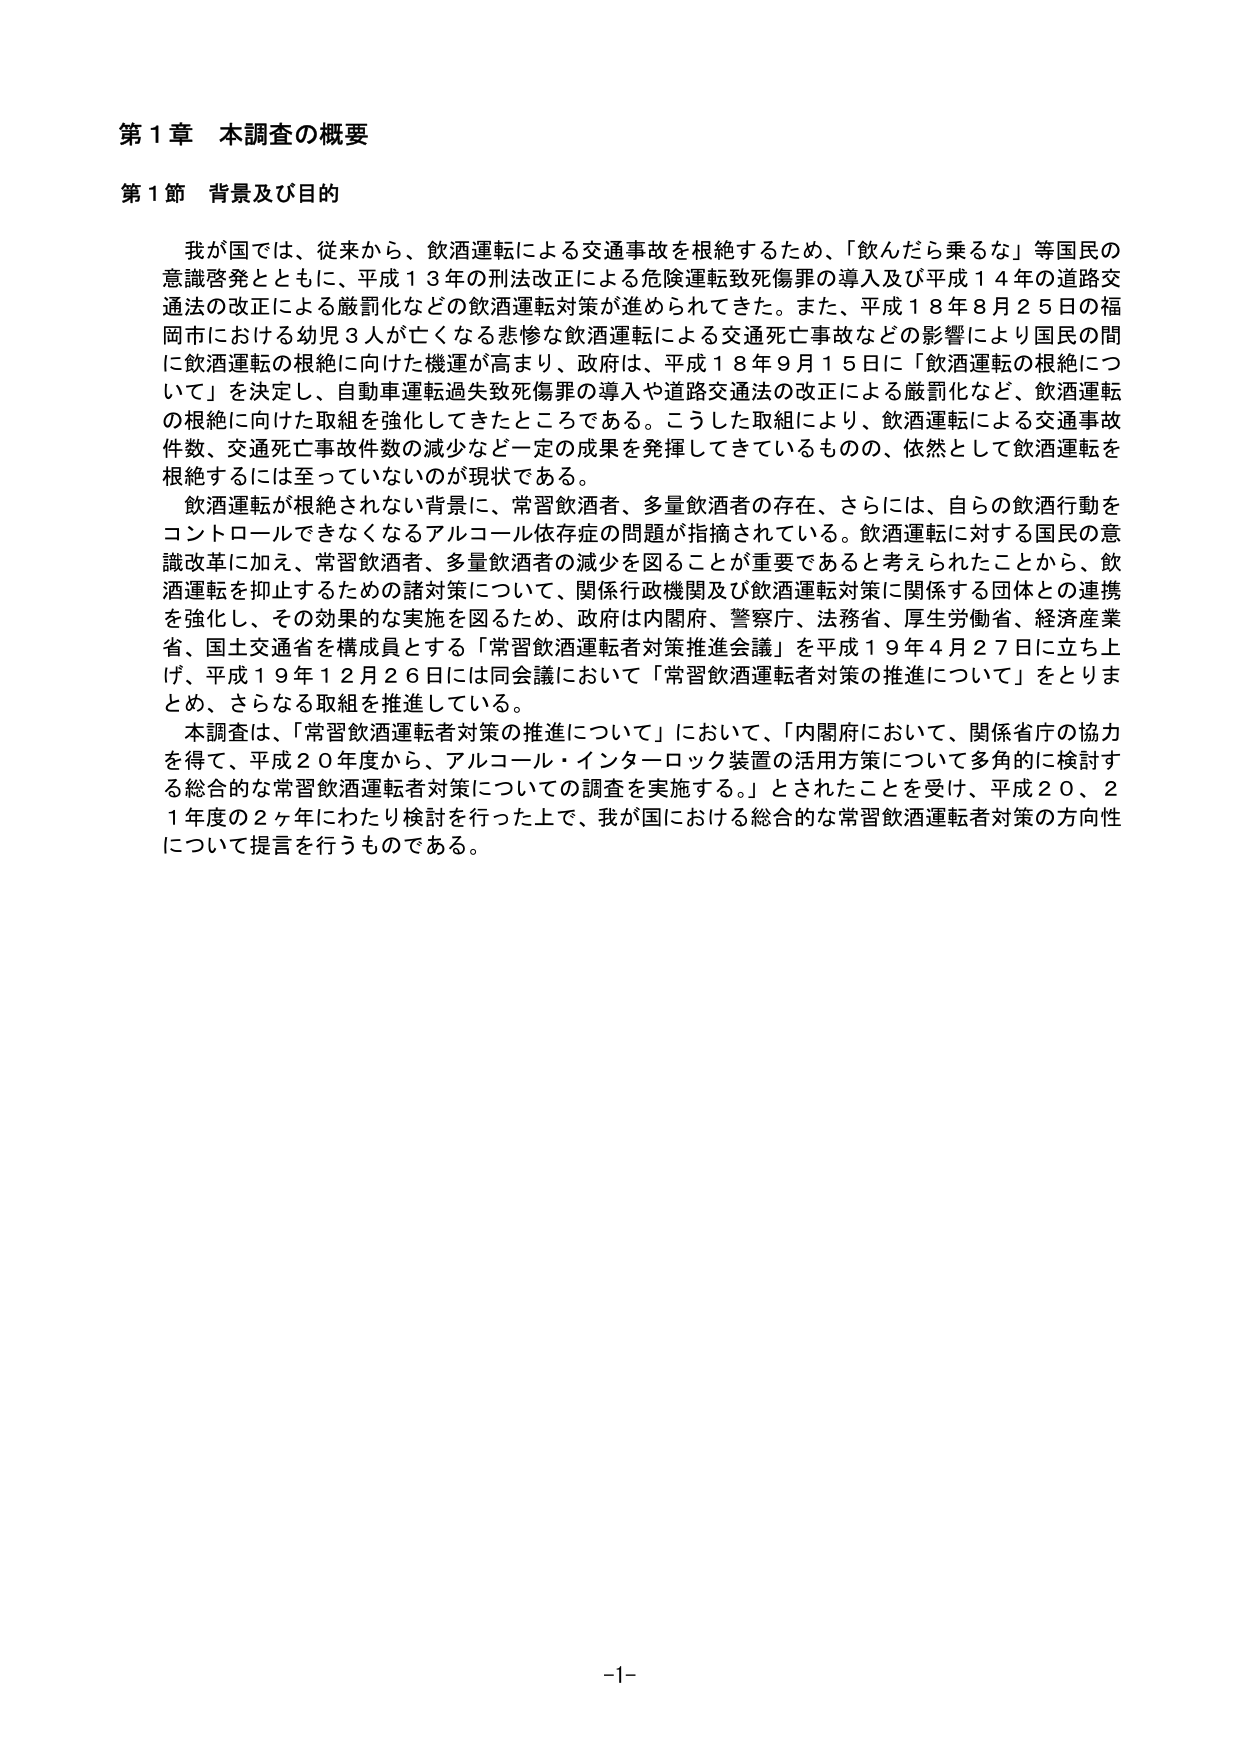
第１章 本調査の概要

第１節 背景及び目的

我が国では、従来から、飲酒運転による交通事故を根絶するため、「飲んだら乗るな」等国民の意識啓発とともに、平成１３年の刑法改正による危険運転致死傷罪の導入及び平成１４年の道路交通法の改正による厳罰化などの飲酒運転対策が進められてきた。また、平成１８年８月２５日の福岡市における幼児３人が亡くなる悲惨な飲酒運転による交通死亡事故などの影響により国民の間に飲酒運転の根絶に向けた機運が高まり、政府は、平成１８年９月１５日に「飲酒運転の根絶について」を決定し、自動車運転過失致死傷罪の導入や道路交通法の改正による厳罰化など、飲酒運転の根絶に向けた取組を強化してきたところである。こうした取組により、飲酒運転による交通事故件数、交通死亡事故件数の減少など一定の成果を発揮してきているものの、依然として飲酒運転を根絶するには至っていないのが現状である。

飲酒運転が根絶されない背景に、常習飲酒者、多量飲酒者の存在、さらには、自らの飲酒行動をコントロールできなくなるアルコール依存症の問題が指摘されている。飲酒運転に対する国民の意識改革に加え、常習飲酒者、多量飲酒者の減少を図ることが重要であると考えられたことから、飲酒運転を抑止するための諸対策について、関係行政機関及び飲酒運転対策に関係する団体との連携を強化し、その効果的な実施を図るため、政府は内閣府、警察庁、法務省、厚生労働省、経済産業省、国土交通省を構成員とする「常習飲酒運転者対策推進会議」を平成１９年４月２７日に立ち上げ、平成１９年１２月２６日には同会議において「常習飲酒運転者対策の推進について」をとりまとめ、さらなる取組を推進している。

本調査は、「常習飲酒運転者対策の推進について」において、「内閣府において、関係省庁の協力を得て、平成２０年度から、アルコール・インターロック装置の活用方策について多角的に検討する総合的な常習飲酒運転者対策についての調査を実施する。」とされたことを受け、平成２０、２１年度の２ヶ年にわたり検討を行った上で、我が国における総合的な常習飲酒運転者対策の方向性について提言を行うものである。

-1-